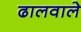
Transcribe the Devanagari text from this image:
ढालवाले